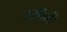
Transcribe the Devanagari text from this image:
अथीनी